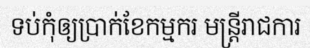
ទប់កុំឲ្យប្រាក់ខែកម្មករ មន្ត្រីរាជការ